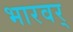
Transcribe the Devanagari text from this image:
भारवर्